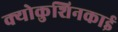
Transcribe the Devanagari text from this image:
क्योकुशिनकाई